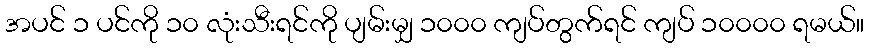
အပင် ၁ ပင်ကို ၁၀ လုံးသီးရင်ကို ပျမ်းမျှ ၁၀၀၀ ကျပ်တွက်ရင် ကျပ် ၁၀၀၀၀ ရမယ်။